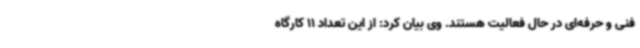
فنی و حرفه‌ای در حال فعالیت هستند. وی بیان کرد: از این تعداد 11 کارگاه